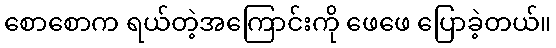
စောစောက ရယ်တဲ့အကြောင်းကို ဖေဖေ ပြောခဲ့တယ်။